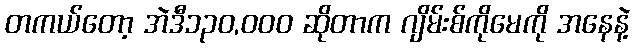
တကယ်တော့ အဲဒီ၁၃၀,၀၀၀ ဆိုတာက ဂျိမ်းစ်ကိုမေကို အနေနဲ့